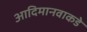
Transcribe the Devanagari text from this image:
आदिमानवाकडे